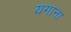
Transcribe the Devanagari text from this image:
यगाना